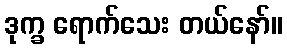
ဒုက္ခ ရောက်သေး တယ်နော်။